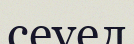
сеуел